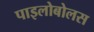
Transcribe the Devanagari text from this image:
पाइलोबोलस